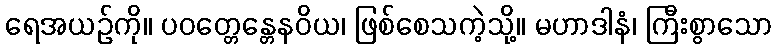
ရေအယဉ်ကို။ ပဝတ္တေန္တေနဝိယ၊ ဖြစ်စေသကဲ့သို့။ မဟာဒါနံ၊ ကြီးစွာသော